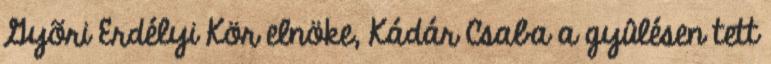
Gyõri Erdélyi Kör elnöke, Kádár Csaba a gyûlésen tett